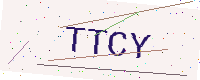
Text: TTCY